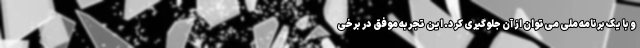
و با یک برنامه ملی می‌توان از آن جلوگیری کرد. این تجربه موفق در برخی